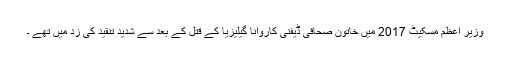
وزیرِ اعظم مسکیٹ 2017 میں خاتون صحافی ڈیفنی کاروانا گیلیزیا کے قتل کے بعد سے شدید تنقید کی زد میں تھے ۔